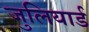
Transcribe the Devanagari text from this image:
जुलियार्ड